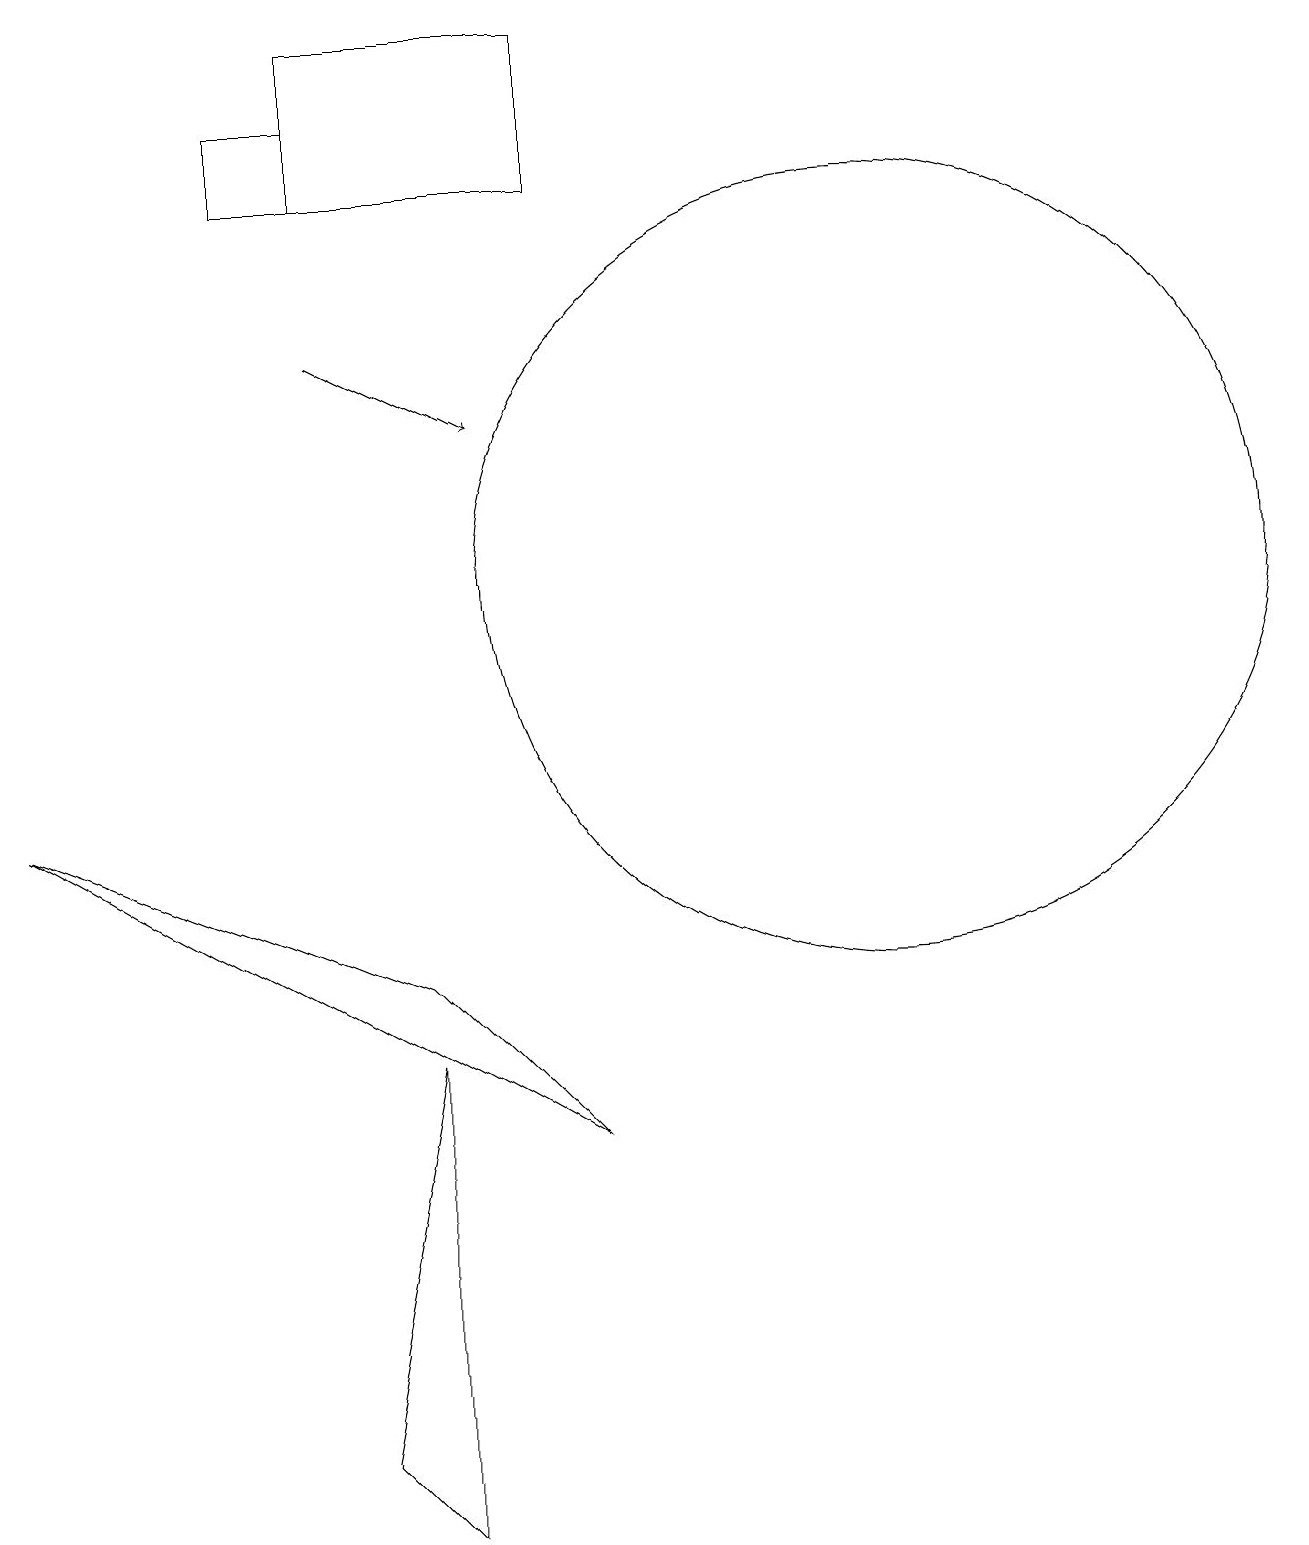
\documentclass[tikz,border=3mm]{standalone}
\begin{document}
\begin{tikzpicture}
\draw (6,0) -- (6,6) -- (5,1) -- cycle;
\draw (8,19) rectangle (5,17);
\draw (5,18) rectangle (4,17);
\draw[->] (5,15) -- (7,14);
\draw (12,12) circle (5);
\draw (1,9) -- (8,5) -- (6,7) -- cycle;
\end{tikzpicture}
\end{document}